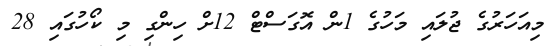
މިއަހަރުގެ ޖުލައި މަހުގެ 1ން އޮގަސްޓް 12ށް ހިންގި މި ކޯހުގައި 28